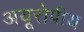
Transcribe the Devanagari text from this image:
अयूरोपीय